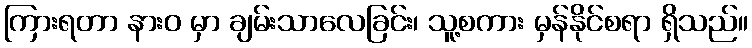
ကြားရတာ နားဝ မှာ ချမ်းသာလေခြင်း၊ သူ့စကား မှန်နိုင်စရာ ရှိသည်။